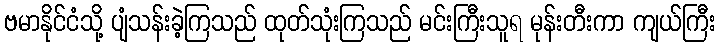
ဗမာနိုင်ငံသို့ ပျံသန်းခဲ့ကြသည် ထုတ်သုံးကြသည် မင်းကြီးသူရ မုန်းတီးကာ ကျယ်ကြီး